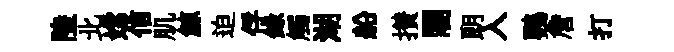
陸北嫦信肌鯨迫俘錄觸湖船攅闍朗入鸚詹打